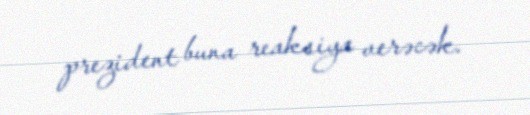
prezident buna reaksiya verəcək.